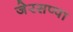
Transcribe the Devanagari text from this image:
जेरसप्पा